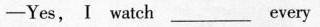
-Yes, I watch_ every